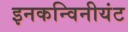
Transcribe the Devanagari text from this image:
इनकन्विनीयंट